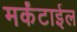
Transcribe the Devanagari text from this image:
मर्कंटाईल